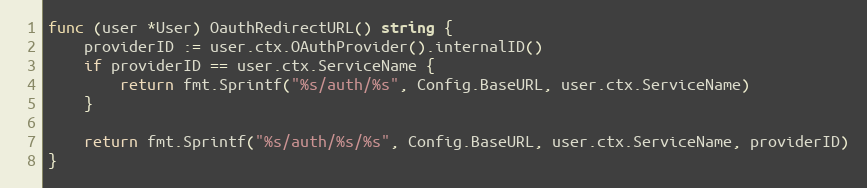
Language: Go
func (user *User) OauthRedirectURL() string {
	providerID := user.ctx.OAuthProvider().internalID()
	if providerID == user.ctx.ServiceName {
		return fmt.Sprintf("%s/auth/%s", Config.BaseURL, user.ctx.ServiceName)
	}

	return fmt.Sprintf("%s/auth/%s/%s", Config.BaseURL, user.ctx.ServiceName, providerID)
}